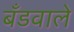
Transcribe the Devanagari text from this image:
बँडवाले